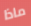
ماذا